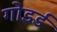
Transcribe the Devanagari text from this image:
गोडर्ड